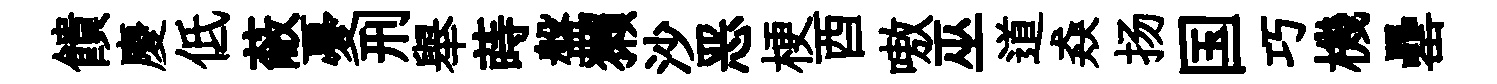
饋慶低蔽憂刑舉蒔盤獺沙恶梗酉嗷巫道猋扬国巧機罍